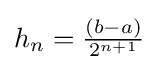
{\textstyle h_{n}={\frac {(b-a)}{2^{n+1}}}}